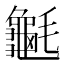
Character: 䶰